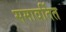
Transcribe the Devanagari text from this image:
समावर्तित